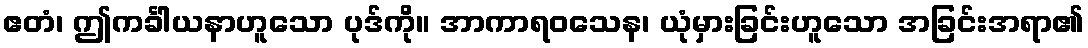
ဧတံ၊ ဤကင်္ခါယနာဟူသော ပုဒ်ကို။ အာကာရဝသေန၊ ယုံမှားခြင်းဟူသော အခြင်းအရာ၏